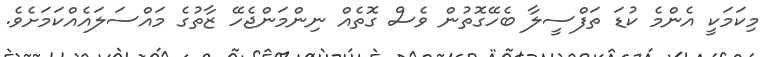
މިކަމަކީ އެންމެ ކުޑަ ތަފްސީލާ ބެހޭގޮތުން ވެސް ގޮތެއް ނިންމަންޖެހޭ ޒާތުގެ މައްސަލައެއްކަމަށެވެ.